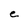
Character: e